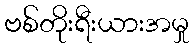
ဗစ်တိုးရီးယားအမှု